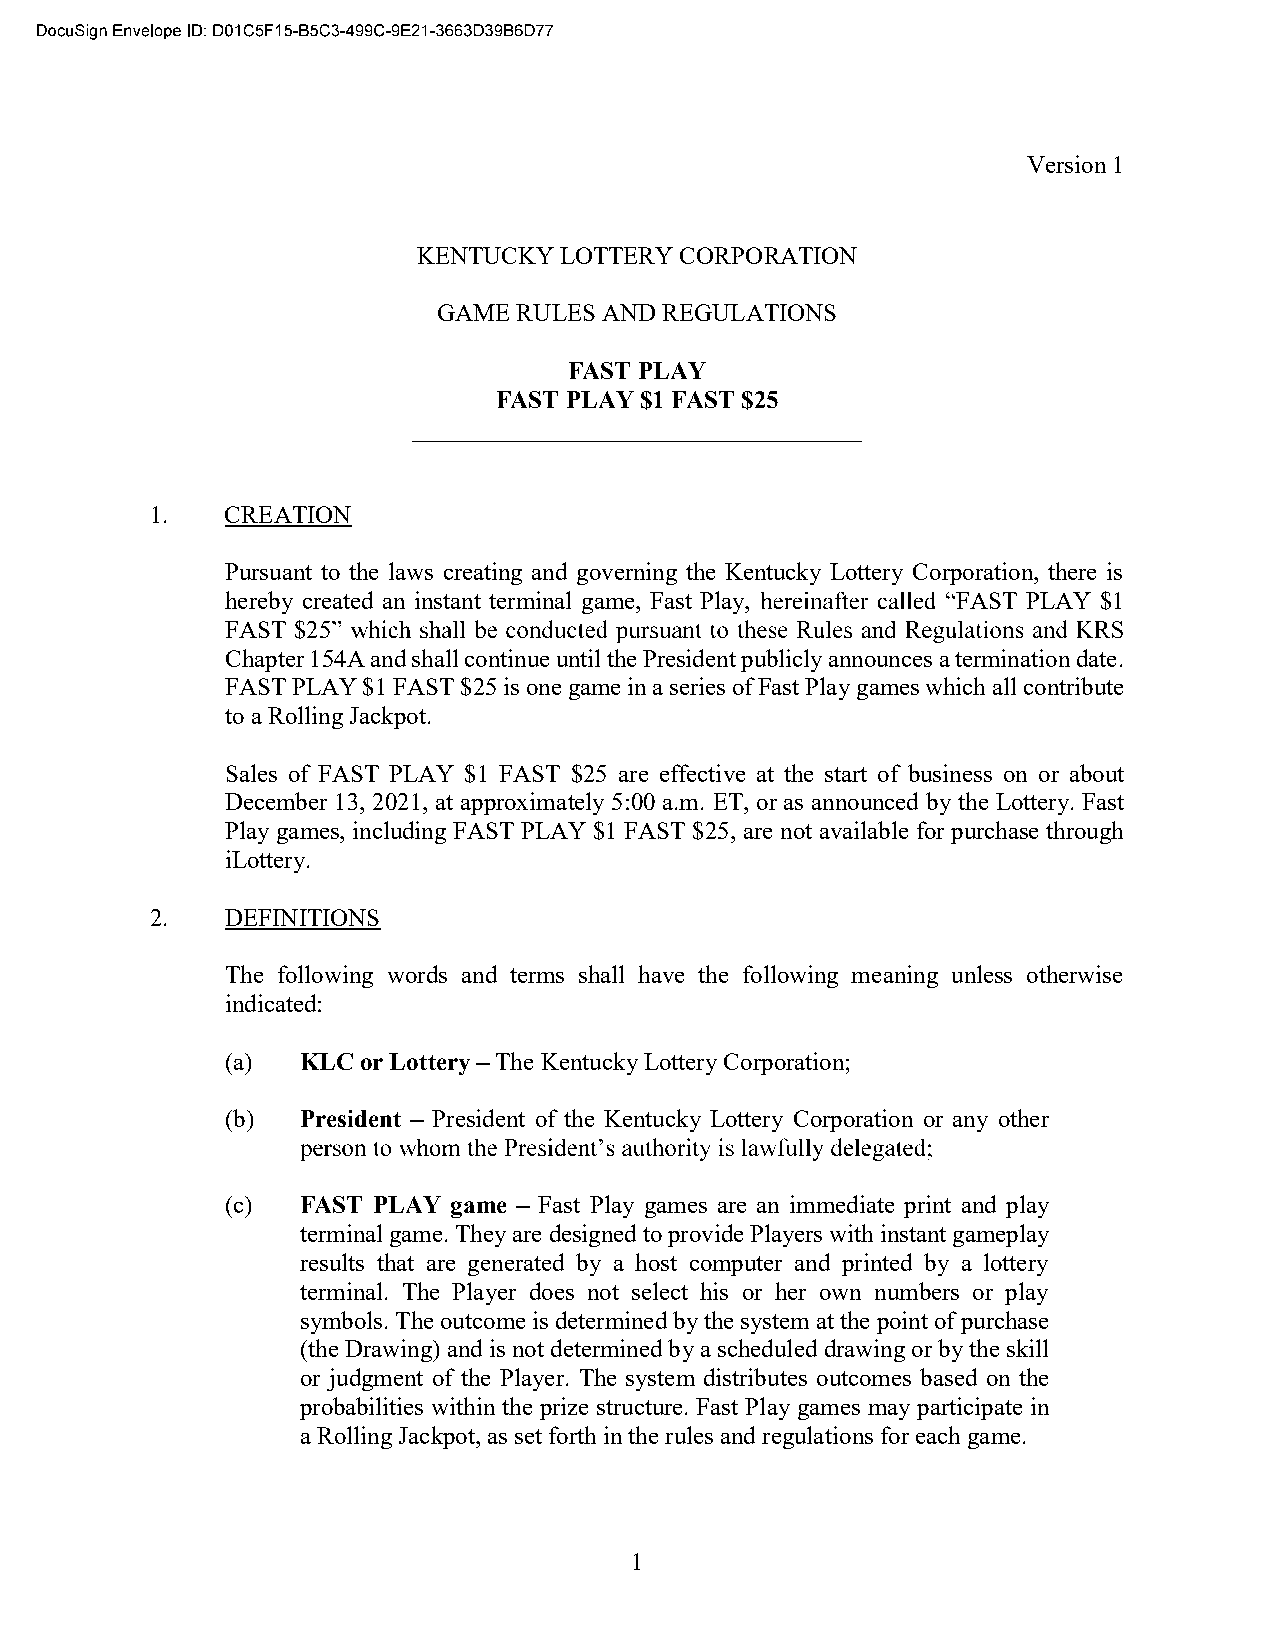
Version 1
 KENTUCKY LOTTERY CORPORATION
 GAME RULES AND REGULATIONS
 FAST PLAY
 FAST PLAY $1 FAST $25
 ____________________________________
 1.   CREATION
 Pursuant to the laws creating and governing the Kentucky Lottery Corporation, there is
 hereby created an instant terminal game, Fast Play, FAST PLAY $1
 FAST $25
 Chapter 154A and shall continue until the President publicly announces a termination date.
 FAST PLAY $1 FAST $25 is one game in a series of Fast Play games which all contribute
 to a Rolling Jackpot.
 Sales of FAST PLAY $1 FAST $25 are effective at the start of business on or about
 December 13, 2021, at approximately 5:00 a.m. ET, or as announced by the Lottery. Fast
 Play games, including FAST PLAY $1 FAST $25, are not available for purchase through
 iLottery.
 2.   DEFINITIONS
 The following words and terms shall have the following meaning unless otherwise
 indicated:
 (a)  KLC or Lottery The Kentucky Lottery Corporation;
 (b)  President President of the Kentucky Lottery Corporation or any other
 (c)  FAST PLAY game  Fast Play games are an immediate print and play
 terminal game. They are designed to provide Players with instant gameplay
 results that are generated by a host computer and printed by a lottery
 terminal. The Player does not select his or her own numbers or play
 symbols. The outcome is determined by the system at the point of purchase
 (the Drawing) and is not determined by a scheduled drawing or by the skill
 or judgment of the Player. The system distributes outcomes based on the
 probabilities within the prize structure. Fast Play games may participate in
 a Rolling Jackpot, as set forth in the rules and regulations for each game.
 1